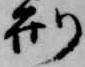
刑